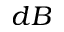
d B